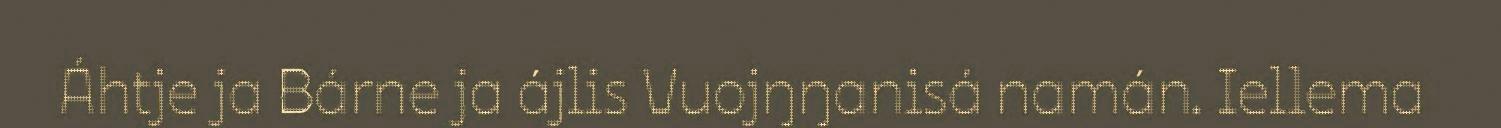
Áhtje ja Bárne ja ájlis Vuojŋŋanisá namán. Iellema